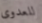
للعدوى